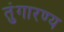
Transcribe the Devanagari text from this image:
तुंगारण्य